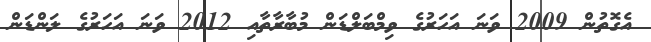
އެގޮތުން 2009 ވަނަ އަހަރުގެ ވިމްބަލްޑަން މުބާރާތާއި 2012 ވަނަ އަހަރުގެ ލަންޑަން